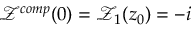
\mathcal { Z } ^ { c o m p } ( 0 ) = \mathcal { Z } _ { 1 } ( z _ { 0 } ) = - i